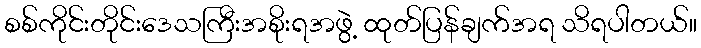
စစ်ကိုင်းတိုင်းဒေသကြီးအစိုးရအဖွဲ့ ထုတ်ပြန်ချက်အရ သိရပါတယ်။